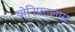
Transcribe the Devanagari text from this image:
योनिपटलास